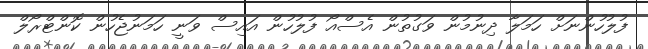
ފުލުހުންނަށް ހަމަލާ ދިނުމުން ވަގުތުން އެސްއޯ ފުލުހުން އައިސް ވަނީ ހަމަނުޖެހުން ކޮންޓްރޯލް